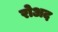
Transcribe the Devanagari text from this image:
रोअद